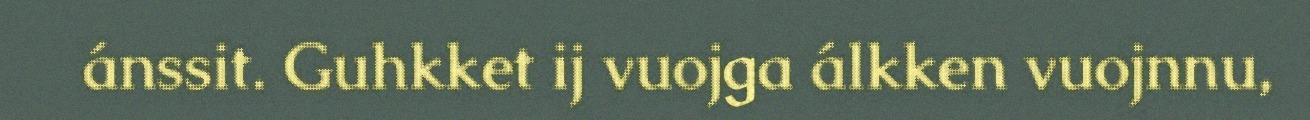
ánssit. Guhkket ij vuojga álkken vuojnnu,